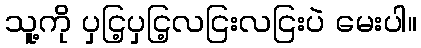
သူ့ကို ပှငြ့ပှငြ့လငြးလငြးပဲ မေးပါ။